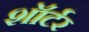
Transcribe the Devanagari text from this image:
शॉर्टर